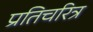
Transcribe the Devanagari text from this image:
प्रतिचरित्र